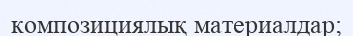
композициялық материалдар;